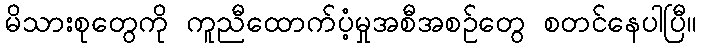
မိသားစုတွေကို ကူညီထောက်ပံ့မှုအစီအစဉ်တွေ စတင်နေပါပြီ။